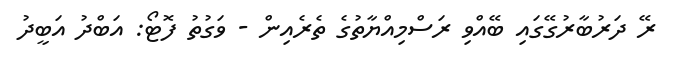
ރޭ ދަރުބާރުގޭގައި ބޭއްވި ރަސްމިއްޔާތުގެ ތެރެއިން - ވަގުތު ފޮޓޯ: އަބްދު އަބީދު